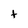
Character: t